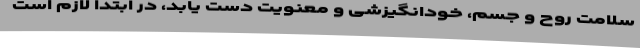
سلامت روح و جسم، خودانگیزشی و معنویت دست یابد، در ابتدا لازم است